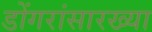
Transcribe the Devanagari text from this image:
डोंगरांसारख्या